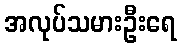
အလုပ်သမားဦးရေ